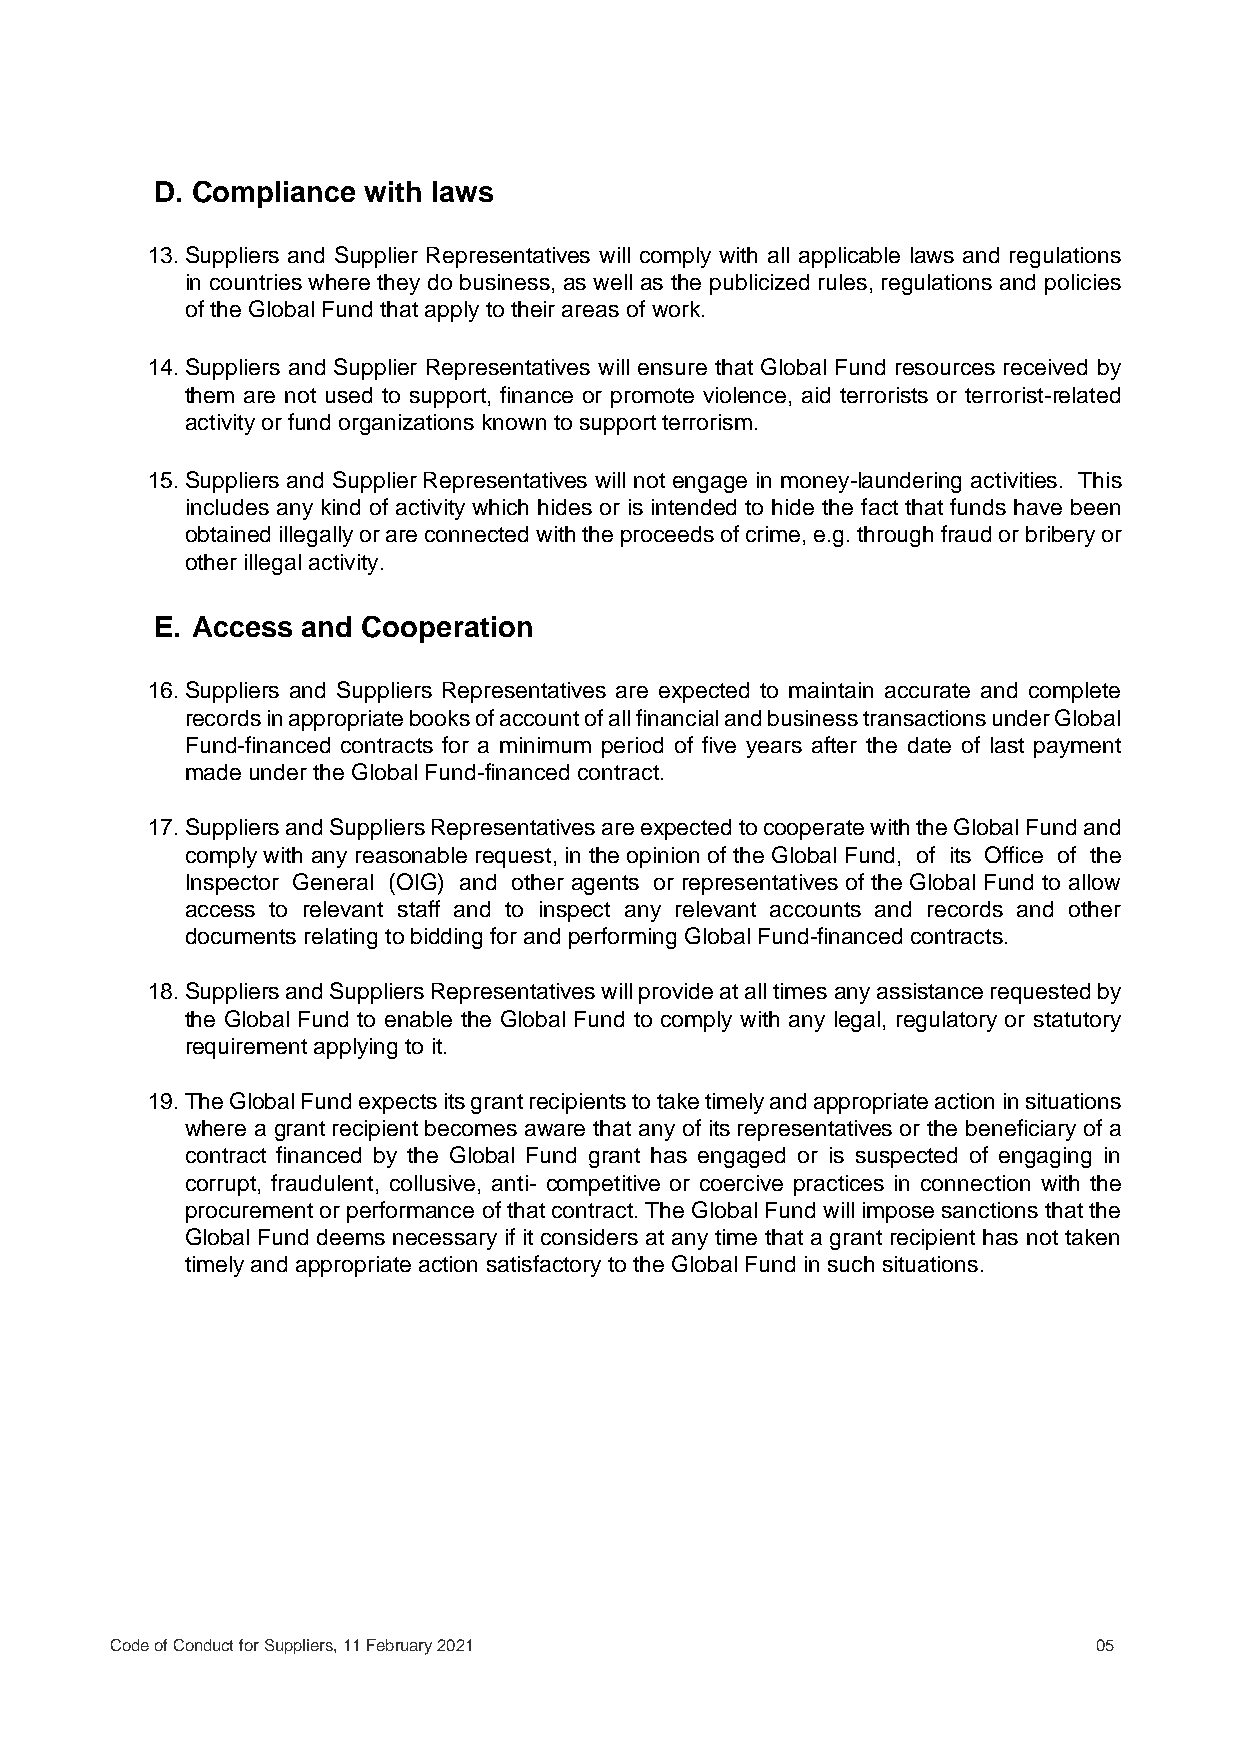
D. Compliance with laws
 13. Suppliers and Supplier Representatives will comply with all applicable laws and regulations
 in countries where they do business, as well as the publicized rules, regulations and policies
 of the Global Fund that apply to their areas of work.
 14. Suppliers and Supplier Representatives will ensure that Global Fund resources received by
 them are not used to support, finance or promote violence, aid terrorists or terrorist-related
 activity or fund organizations known to support terrorism.
 15. Suppliers and Supplier Representatives will not engage in money-laundering activities. This
 includes any kind of activity which hides or is intended to hide the fact that funds have been
 obtained illegally or are connected with the proceeds of crime, e.g. through fraud or bribery or
 other illegal activity.
 E. Access and Cooperation
 16. Suppliers and Suppliers Representatives are expected to maintain accurate and complete
 records in appropriate books of account of all financial and business transactions under Global
 Fund-financed contracts for a minimum period of five years after the date of last payment
 made under the Global Fund-financed contract.
 17. Suppliers and Suppliers Representatives are expected to cooperate with the Global Fund and
 comply with any reasonable request, in the opinion of the Global Fund, of its Office of the
 Inspector General (OIG) and other agents or representatives of the Global Fund to allow
 access to relevant staff and to inspect any relevant accounts and records and other
 documents relating to bidding for and performing Global Fund-financed contracts.
 18. Suppliers and Suppliers Representatives will provide at all times any assistance requested by
 the Global Fund to enable the Global Fund to comply with any legal, regulatory or statutory
 requirement applying to it.
 19. The Global Fund expects its grant recipients to take timely and appropriate action in situations
 where a grant recipient becomes aware that any of its representatives or the beneficiary of a
 contract financed by the Global Fund grant has engaged or is suspected of engaging in
 corrupt, fraudulent, collusive, anti- competitive or coercive practices in connection with the
 procurement or performance of that contract. The Global Fund will impose sanctions that the
 Global Fund deems necessary if it considers at any time that a grant recipient has not taken
 timely and appropriate action satisfactory to the Global Fund in such situations.
 Code of Conduct for Suppliers, 11 February 2021                   05